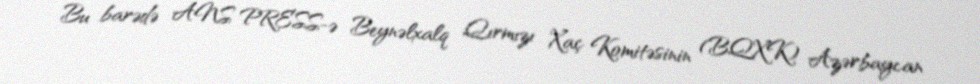
Bu barədə ANS PRESS-ə Beynəlxalq Qırmızı Xaç Komitəsinin (BQXK) Azərbaycan